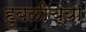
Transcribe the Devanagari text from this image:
हुबळीच्या